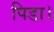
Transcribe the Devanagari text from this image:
पिडा।